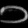
Digit: ၁